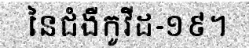
នៃជំងឺកូវីដ-១៩។